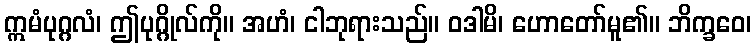
ဣမံပုဂ္ဂလံ၊ ဤပုဂ္ဂိုလ်ကို။ အဟံ၊ ငါဘုရားသည်။ ဝဒါမိ၊ ဟောတော်မူ၏။ ဘိက္ခဝေ၊